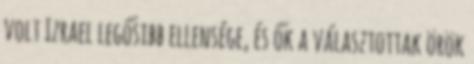
volt Izrael legősibb ellensége, és ők a választottak örök